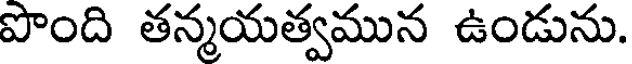
పొంది తన్మయత్వమున ఉండును.